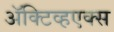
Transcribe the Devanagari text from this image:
ॲक्टिव्हएक्स